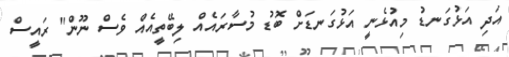
އަދި އަޅުގަނޑު މިއުޅެނީ އަޅުގަނޑަށް ބޮޑު މުސާރައެއް ލިބޭތީއެއް ވެސް ނޫން" ރައީސް